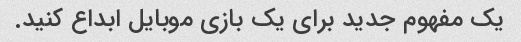
یک مفهوم جدید برای یک بازی موبایل ابداع کنید.